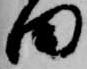
田